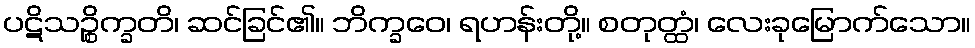
ပဋိသဉ္စိက္ခတိ၊ ဆင်ခြင်၏။ ဘိက္ခဝေ၊ ရဟန်းတို့။ စတုတ္ထံ၊ လေးခုမြောက်သော။